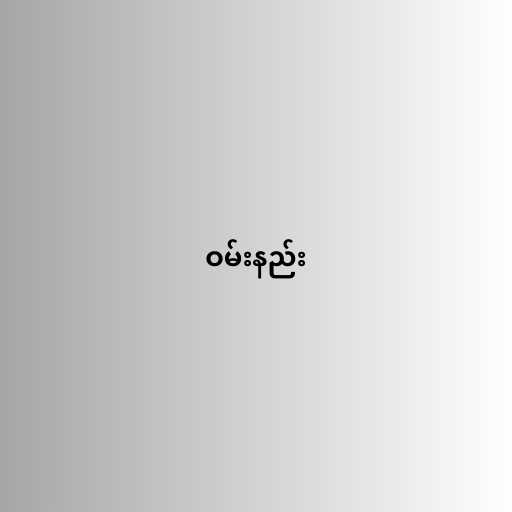
ဝမ်းနည်း